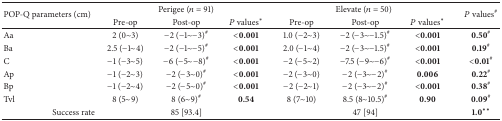
| <ROWSPAN=2> POP-Q parameters (cm) | <COLSPAN=3> Perigee (n = 91) | <COLSPAN=3> Elevate (n = 50) | <ROWSPAN=2> P values# |
 | Pre-op | Post-op | P values∗ | Pre-op | Post-op | P values∗ |
 | --- | --- | --- | --- | --- | --- | --- | --- |
 | Aa | 2 (0~3) | −2 (−1~−3)# | <0.001 | 1.0 (−2~3) | −2 (−3~−1.5)# | <0.001 | 0.50# |
 | Ba | 2.5 (−1~4) | −2 (−1~−5)# | <0.001 | 2.0 (−1~4) | −2 (−3~−1.5)# | <0.001 | 0.19# |
 | C | −1 (−3~5) | −6 (−5~−8)# | <0.001 | −2 (−5~2) | −7.5 (−9~−6)# | <0.001 | <0.01# |
 | Ap | −1 (−2~3) | −2 (−3~0)# | <0.001 | −2 (−3~0) | −2 (−3~−2)# | 0.006 | 0.22# |
 | Bp | −1 (−2~4) | −2 (−5~0)# | <0.001 | −2 (−2~1) | −2 (−3~−2)# | <0.001 | 0.38# |
 | Tvl | 8 (5~9) | 8 (6~9)# | 0.54 | 8 (7~10) | 8.5 (8~10.5)# | 0.90 | 0.09# |
 | <COLSPAN=2> Success rate | 85 [93.4] |  |  | 47 [94] |  | 1.0∗∗ |